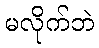
မလိုက်ဘဲ